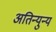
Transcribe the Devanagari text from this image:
अतिन्युन्य